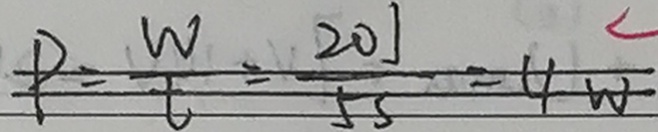
P = \frac { W } { t } = \frac { 2 0 j } { 5 s } = 4 w